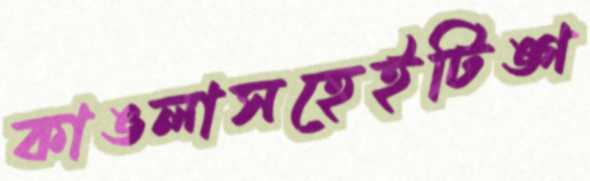
কাঙলাসহেইটিঙ্গ